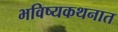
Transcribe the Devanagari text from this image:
भविष्यकथनात